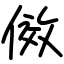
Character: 傚